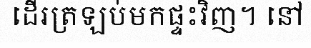
ដើរត្រឡប់មកផ្ទះវិញ។ នៅ